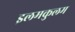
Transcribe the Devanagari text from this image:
इलमकुलम